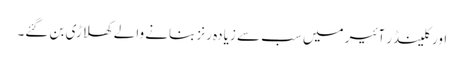
اور کلینڈر آئیر میں سب سے زیادہ رنز بنانے والے کھلاڑی بن گئے۔